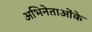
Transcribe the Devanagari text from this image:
अभिनेताओंके